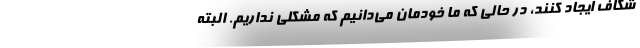
شکاف ایجاد کنند، در حالی که ما خودمان می‌دانیم که مشکلی نداریم. البته